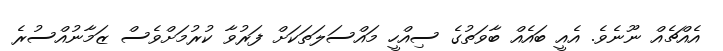
އެއްޗެއް ނޫނެވެ. އެއީ ބައެއް ބާވަތުގެ ސިއްހީ މައްސަލަތަކަށް ފަރުވާ ކުރުމަށްވެސް ޒަމާނުއްސުރެ